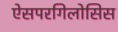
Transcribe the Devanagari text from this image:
ऐसपरगिलोसिस